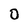
Character: 0